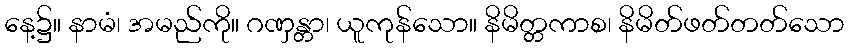
နေ့၌။ နာမံ၊ အမည်ကို။ ဂဏှန္တာ၊ ယူကုန်သော။ နိမိတ္တကာစ၊ နိမိတ်ဖတ်တတ်သော